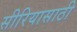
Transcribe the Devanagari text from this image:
सीरियासाठी